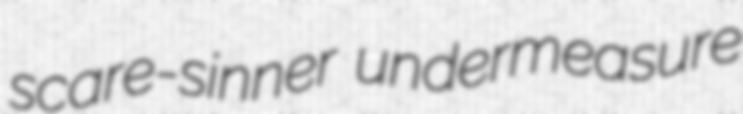
scare-sinner undermeasure